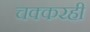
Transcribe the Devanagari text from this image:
चक्करही